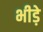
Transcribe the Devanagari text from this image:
भीड़े